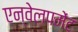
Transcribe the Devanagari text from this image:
एन्वेलपमेंट